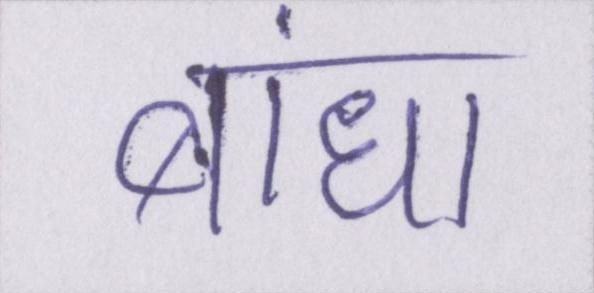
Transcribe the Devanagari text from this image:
बांधा